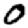
Digit: 0